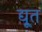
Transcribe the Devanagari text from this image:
द्यू्त